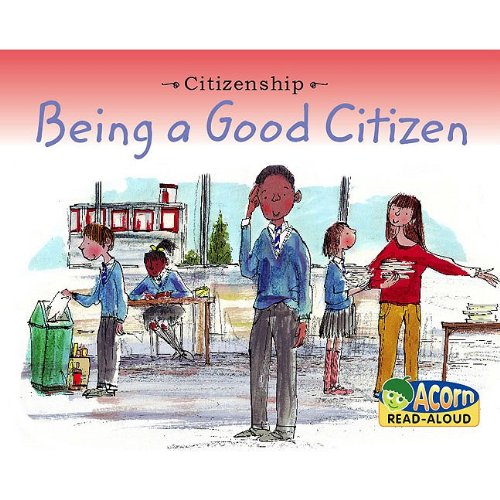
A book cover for Being A Good Citizen (Acorn Read Aloud: Citizenship); Adrian Vigliano; Children's Books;